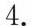
4.